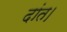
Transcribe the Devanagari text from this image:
दांत।